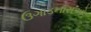
ઉગાડનારાઓ